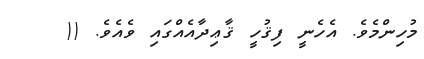
މުހިންމެވެ. އެހެނީ ފިޤުހީ ޤާޢިދާއެއްގައި ވެއެވެ. ((